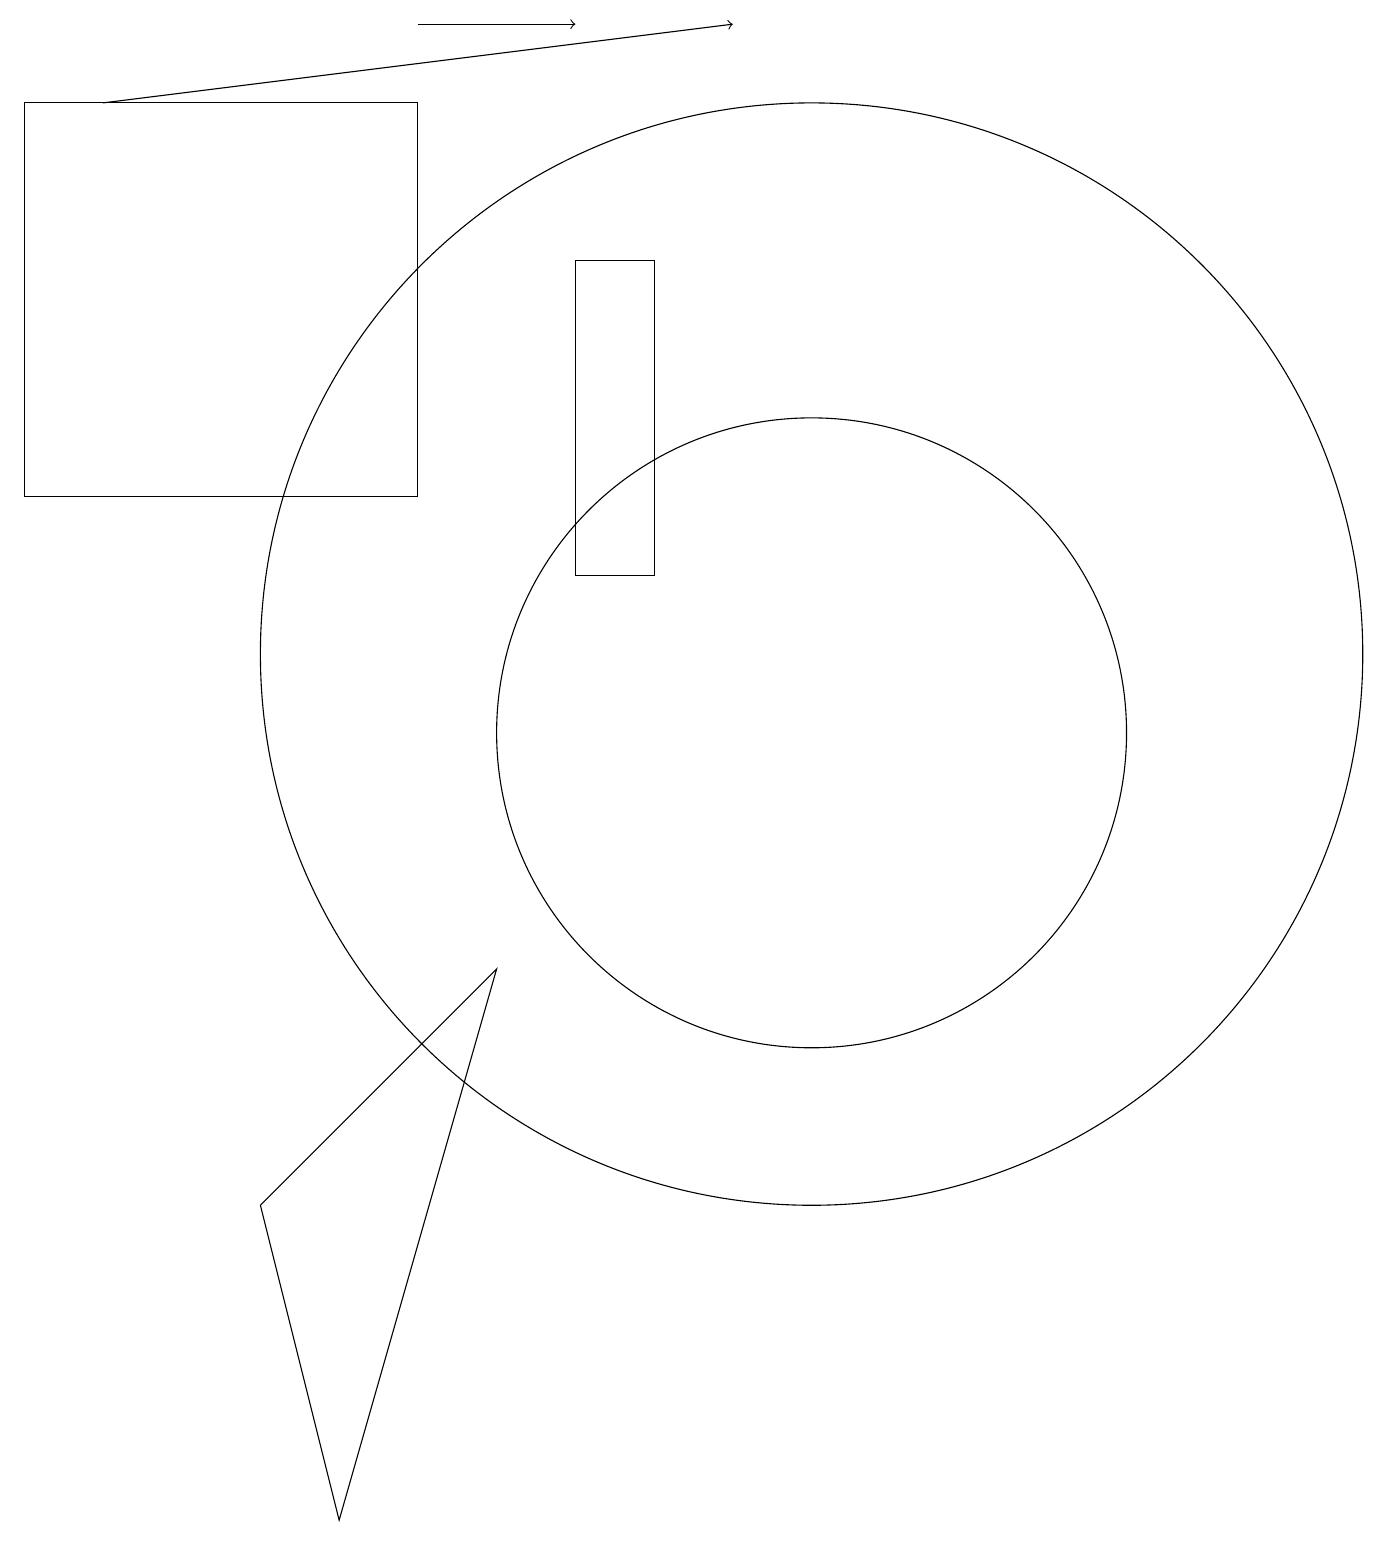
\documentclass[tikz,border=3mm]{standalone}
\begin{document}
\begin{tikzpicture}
\draw (7,12) rectangle (8,16);
\draw[->] (5,19) -- (7,19);
\draw (10,10) circle (4);
\draw (10,11) circle (7);
\draw (5,18) rectangle (0,13);
\draw[->] (1,18) -- (9,19);
\draw (3,4) -- (4,0) -- (6,7) -- cycle;
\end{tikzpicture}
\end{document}